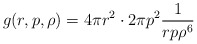
\begin{align*}g(r,p,\rho) = 4\pi r^2 \cdot 2\pi p^2 \frac{1}{rp \rho^6} \end{align*}